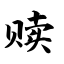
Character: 赎